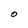
Character: O